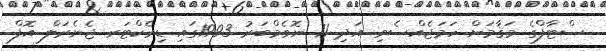
ސްޓާފްގެ މަޤާމަށް ހަމަޖެއްސެވި. އަދި 11 ނޮވެމްބަރު 1993ގައި ޑިރެކްޓަރ ޖެނެރަލް އޮފް